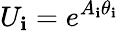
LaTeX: U_{\mathbf{i}}=e^{A_{\mathbf{i}}\theta_{\mathbf{i}}}